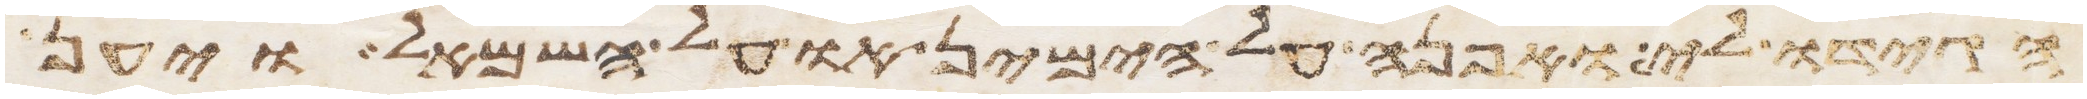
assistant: הגידו לי ואפנה על הימין או על השמאל ויען